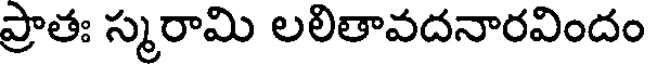
ప్రాతః స్మరామి లలితావదనారవిందం